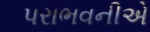
પરાભવનીએ